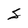
Character: S